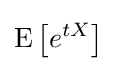
\operatorname {E} \left[e^{tX}\right]